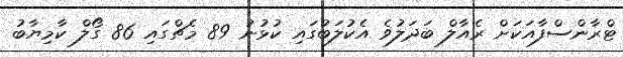
ޓްރާންސްފާއަކަށް ރެއާލް ބަދަލުވެ އެކުލަބުގައި ކުޅުނު 89 މެޗްގައި 86 ގޯލް ކާމިޔާބު